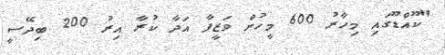
"ކޫއްޑޫގައި މިހާރު 600 މީހުން ވަޒީފާ އަދާ ކުރާ އިރު 200 ބިދޭސީ